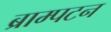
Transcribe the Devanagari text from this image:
ब्राम्पटन